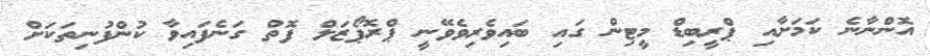
އޮންނާނެ ކަމަށާއި ޕްރީބިޑް މީޓިން ގައި ބައިވެރިވެވޭނީ ޕްރޮޕޯޒަލް ފޮތް ގަނެފައިވާ ކުންފުނިތަކަށް